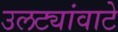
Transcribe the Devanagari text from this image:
उलट्यांवाटे